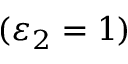
( \varepsilon _ { 2 } = 1 )